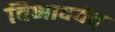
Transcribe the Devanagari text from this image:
विभावयेत्